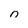
Character: n